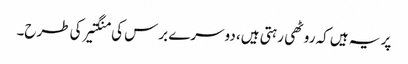
پر یہ ہیں کہ روٹھی رہتی ہیں، دوسرے برس کی منگتیر کی طرح۔